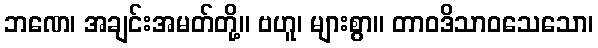
ဘဏေ၊ အချင်းအမတ်တို့။ ဗဟူ၊ များစွာ။ တာဝဒိသာဝသေသော၊